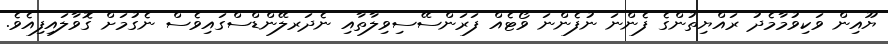
ޔޫއިން ވަކިވުމާމެދު ރައްޔިތުންގެ ފެންނަ ނުފެންނަ ވޯޓެއް ފަރަންސޭސިވިލާތާއި ނެދަރލޭންޑްސްގައިވެސް ނެގުމަށް ގޮވާލައިފިއެވެ.